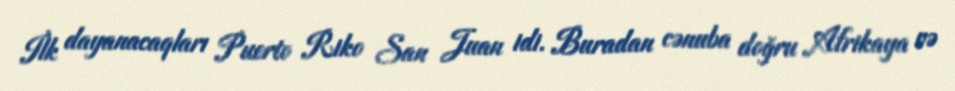
İlk dayanacaqları Puerto Riko San Juan idi. Buradan cənuba doğru Afrikaya və